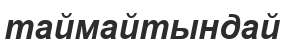
таймайтындай